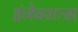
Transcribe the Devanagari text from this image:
इंजेक्शन्स